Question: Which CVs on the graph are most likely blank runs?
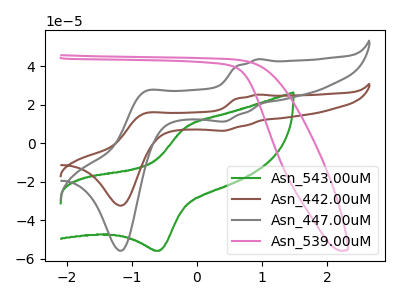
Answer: <think>The green curve "Asn_543.00uM" has an anodic peak at (-0.20V, 8.15uA) and a cathodic peak at (-0.55V, -55.80uA). The brown curve "Asn_442.00uM" has anodic peaks at (0.95V, 25.40uA) (-0.80V, 15.60uA) and cathodic peaks at (0.40V, 6.60uA) (-1.15V, -32.35uA). The gray curve "Asn_447.00uM" has anodic peaks at (0.95V, 43.80uA) (-0.80V, 26.90uA) and cathodic peaks at (0.40V, 11.40uA) (-1.15V, -55.80uA). The pink curve "Asn_539.00uM" has no peaks.</think>
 <answer>"Asn_539.00uM" is likely to be a blank.</answer>
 <eval>Asn_539.00uM</eval>